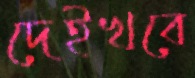
দেইখবে